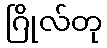
ဂြိုလ်တု